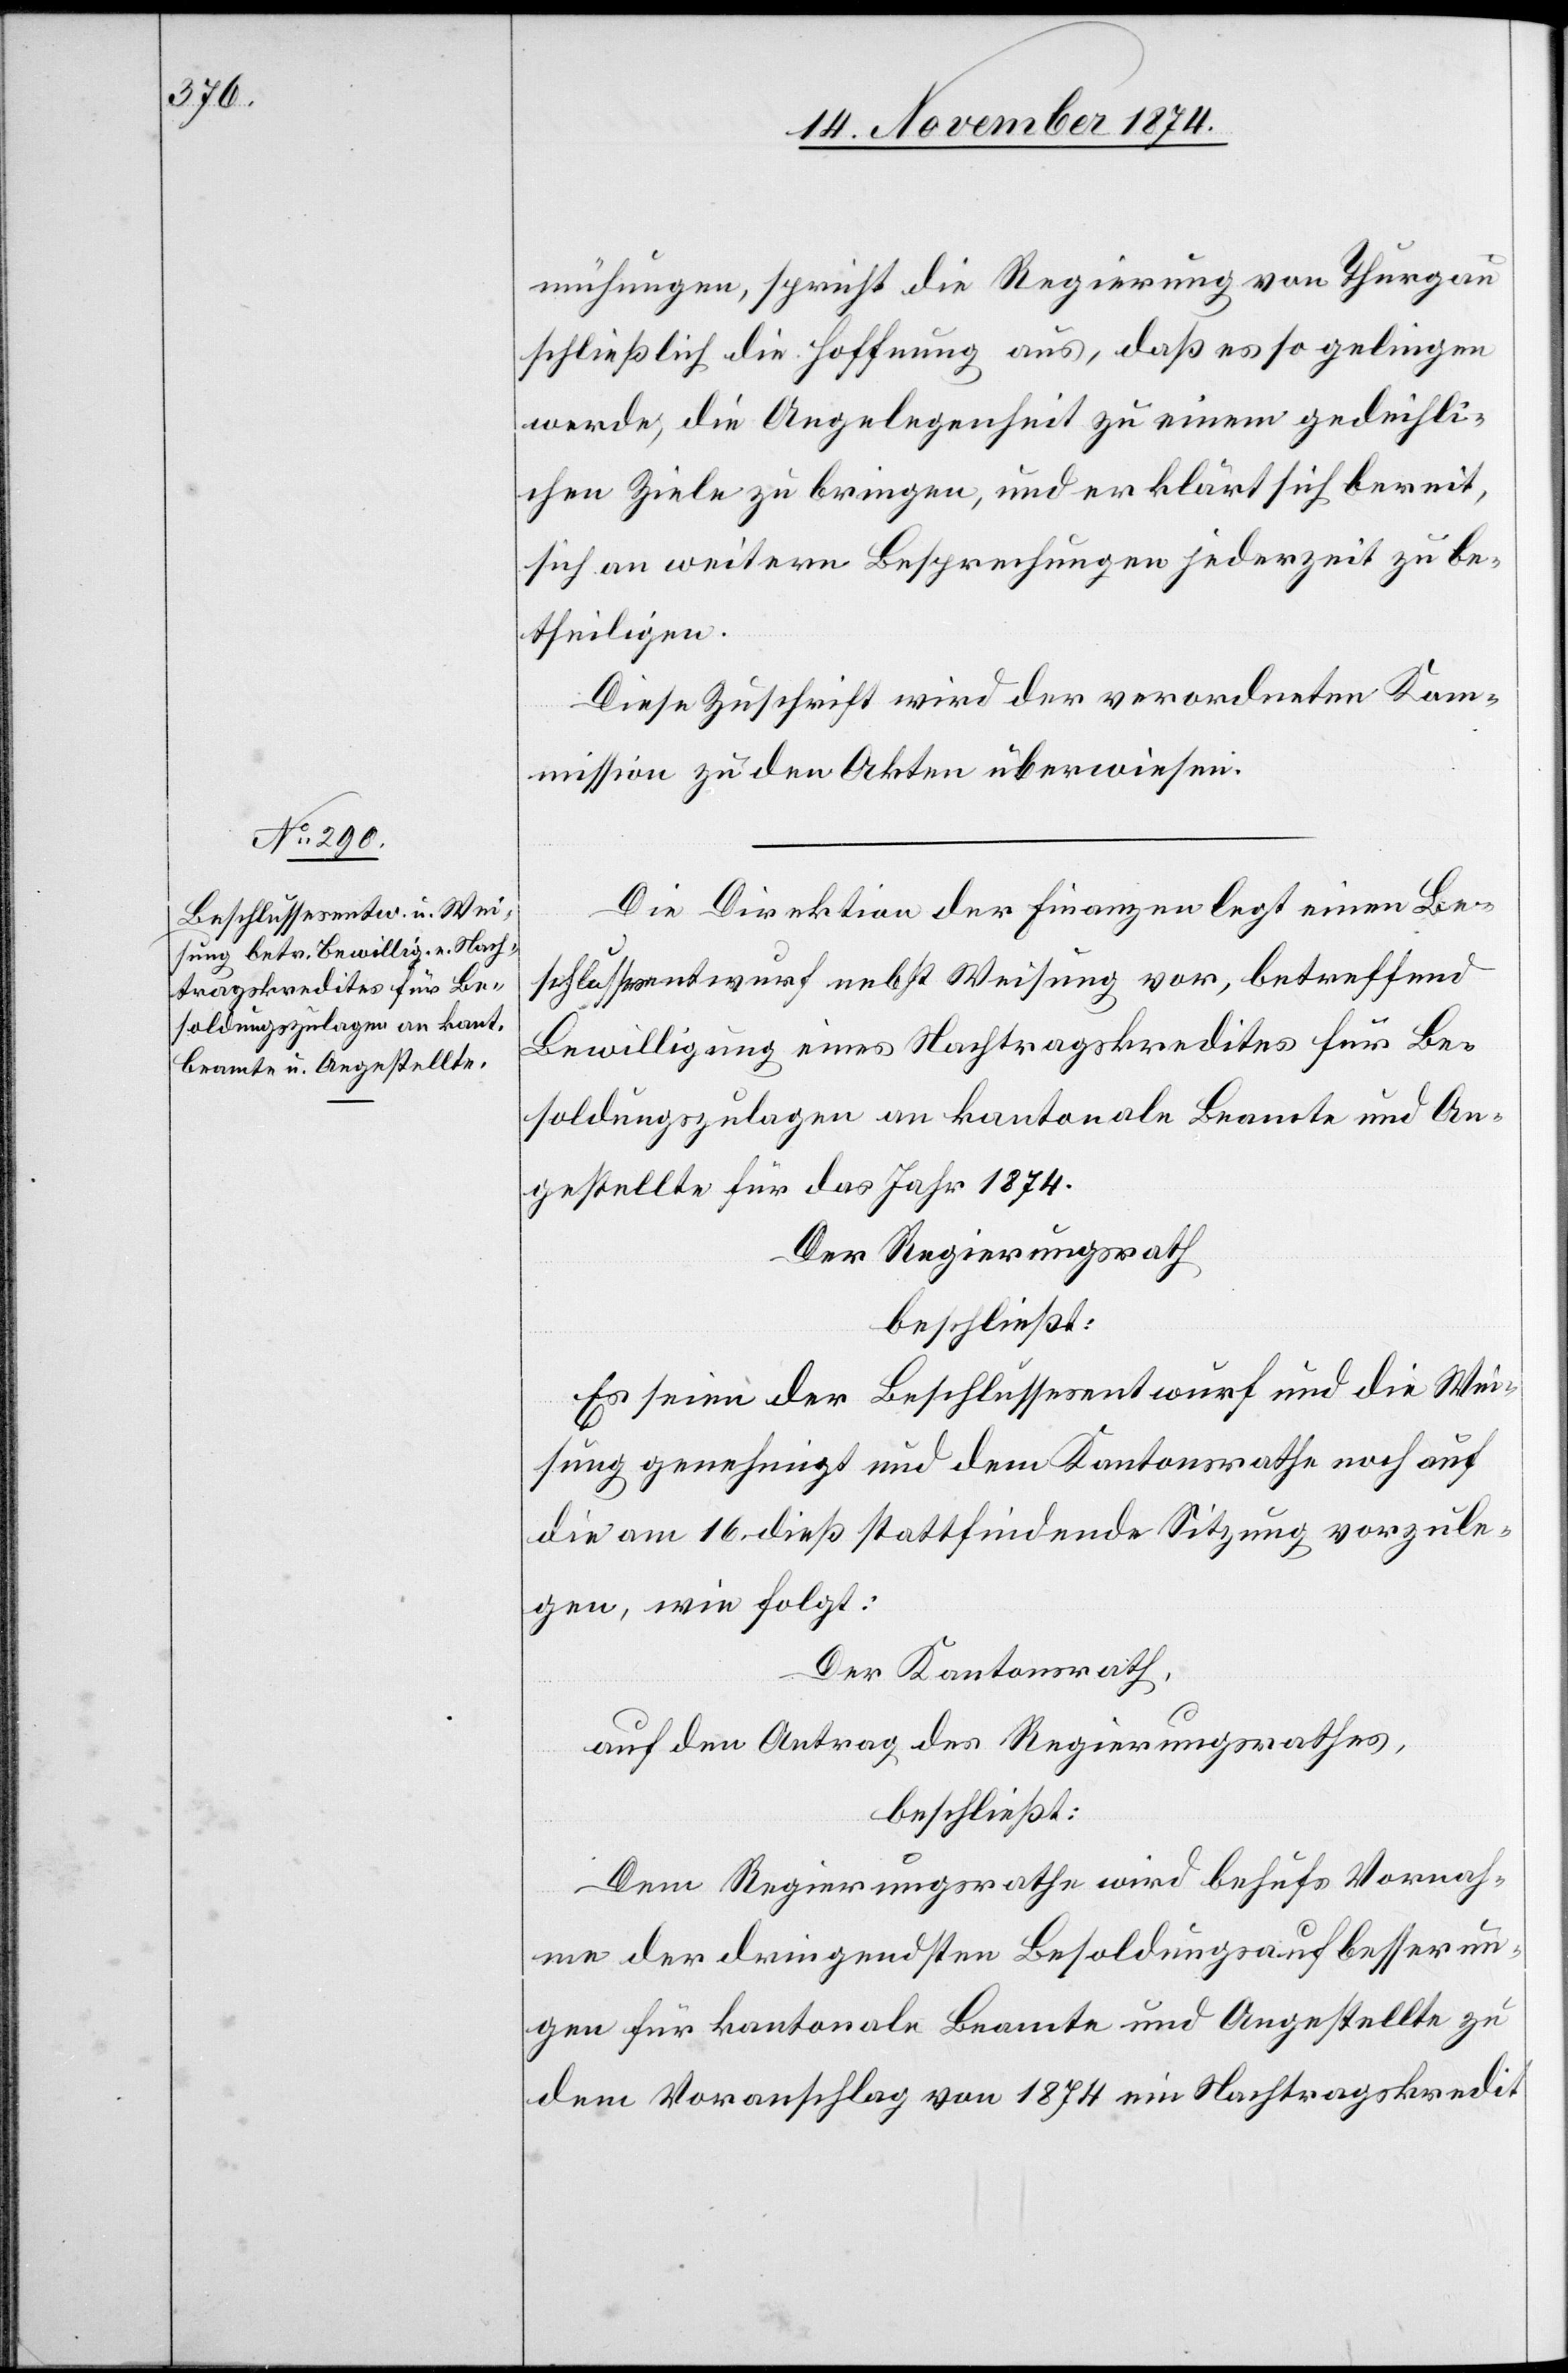
mühungen, spricht die Regierung von Thurgau
schließlich die Hoffnung aus, daß es so gelingen
werde, die Angelegenheit zu einem gedeihli¬
chen Ziele zu bringen, und erklärt sich bereit,
sich an weitern Besprechungen jederzeit zu be¬
theiligen.
Diese Zuschrift wird der verordneten Kom¬
mission zu den Akten überwiesen.
Die Direktion der Finanzen legt einen Be¬
schlussesentwurf nebst Weisung vor, betreffend
Bewilligung eines Nachtragskredites für Be¬
soldungszulagen an kantonale Beamte und An¬
gestellte für das Jahr 1874.
Der Regierungsrath
beschließt:
Es seien der Beschlussesentwurf und die Wei¬
sung genehmigt und dem Kantonsrathe noch auf
die am 16. dieß stattfindende Sitzung vorzule¬
gen, wie folgt:
Der Kantonsrath,
auf den Antrag des Regierungsrathes,
beschließt:
Dem Regierungsrathe wird behufs Vornah¬
me der dringendsten Besoldungsaufbesserun¬
gen für kantonale Beamte und Angestellte zu
dem Voranschlag von 1874 ein Nachtragskredit